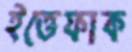
ইত্তেফাক